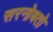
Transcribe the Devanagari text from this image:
सरनोबतो